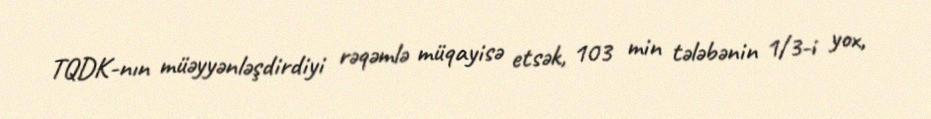
TQDK-nın müəyyənləşdirdiyi rəqəmlə müqayisə etsək, 103 min tələbənin 1/3-i yox,